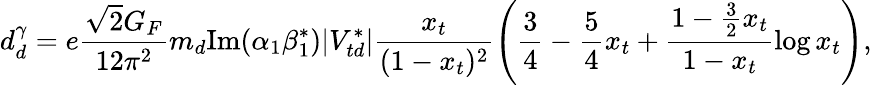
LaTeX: d_{d}^{\gamma}=e\frac{\sqrt{2}G_{F}}{12\pi^{2}}m_{d}\mathrm{Im}(\alpha_{1}\beta_{1}^{*})|V_{td}^{*}|\frac{x_{t}}{(1-x_{t})^{2}}\left(\frac{3}{4}-\frac{5}{4}x_{t}+\frac{1-\frac{3}{2}x_{t}}{1-x_{t}}\log x_{t}\right),